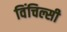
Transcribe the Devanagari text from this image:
विंचिल्सी